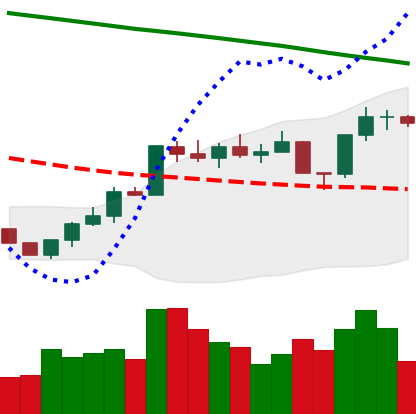
Ticker: ETH-USD
Chart end date: 2022-07-30
Forward return: -5.175%
Label: down_5_7